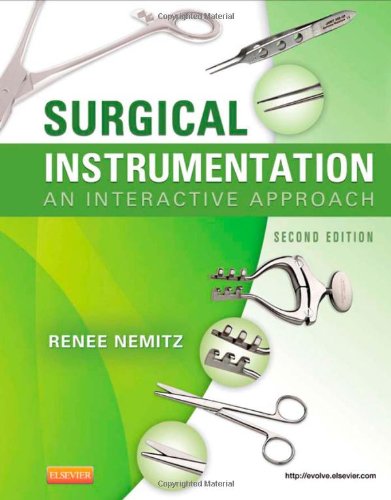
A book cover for Surgical Instrumentation: An Interactive Approach, 2e; Renee Nemitz CST  RN  AAS; Medical Books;